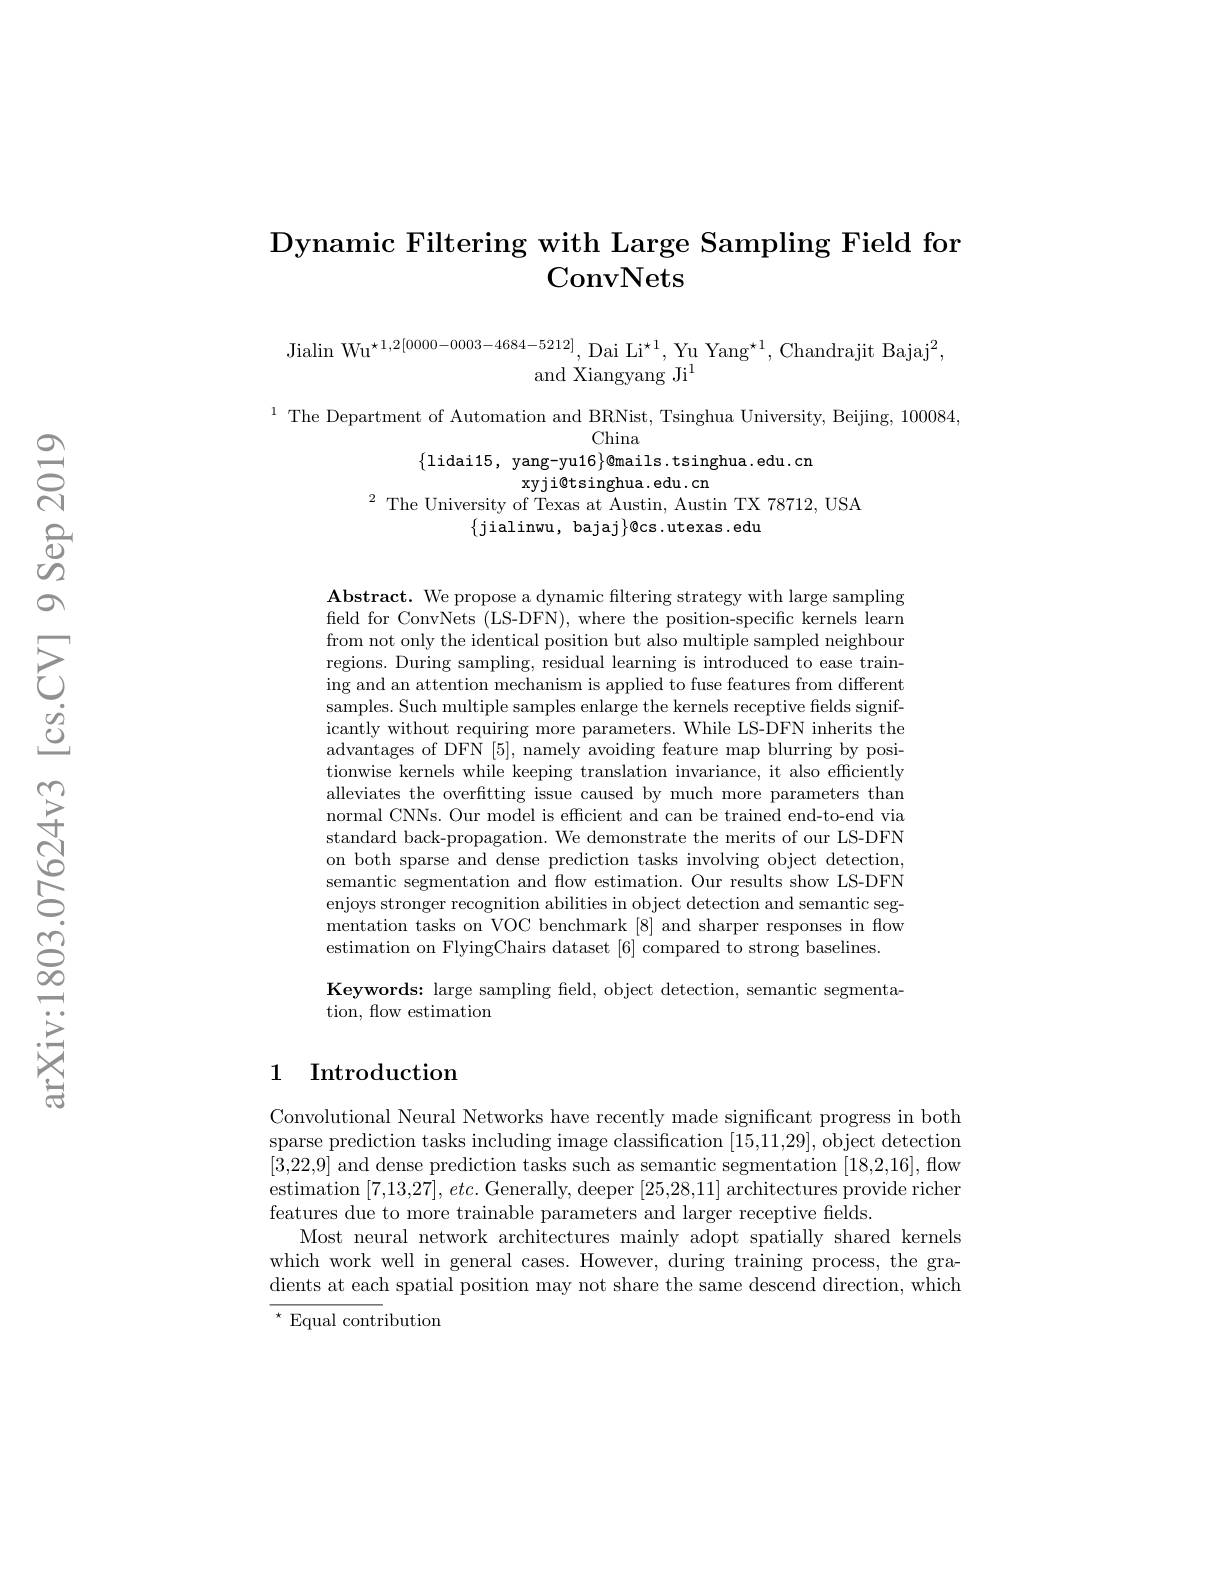
# Dynamic Filtering with Large Sampling Field for ConvNets

Jialin Wu$^{\star1,2[0000-0003-4684-5212]}$, Dai Li$^{\star1}$, Yu Yang$^{\star1}$, Chandrajit Bajaj$^2$,
and Xiangyang Ji$^1$

$\begin{aligned}1\text{ The Department of Automation and BRNist, Tsinghua University, Beijing, 100084,}\\&\mathrm{China}\\\{1\text{idai15, yang-yu}16\}\text{@mails.tsinghua.edu.cn}\end{aligned}$
xyji@tsinghua.edu.cn
$^{2}$ The University of Texas at Austin, Austin TX 78712, USA
$\{$jialinwu, bajaj$\}\emptyset$cs.utexas.edu

$\mathbf{Abstract.~We~propose~a~dynamic~filtering~strategy~with~large~sampling}$ field for ConvNets (LS-DFN), where the position-specific kernels learn from not only the identical position but also multiple sampled neighbour regions. During sampling, residual learning is introduced to ease training and an attention mechanism is applied to fuse features from different samples. Such multiple samples enlarge the kernels receptive felds significantly without requiring more parameters. While LS-DFN inherits the advantages of DFN [5], namely avoiding feature map blurring by positionwise kernels while keeping translation invariance, it also efficiently alleviates the overfitting issue caused by much more parameters than normal CNNs. Our model is efficient and can be trained end-to-end via standard back-propagation. We demonstrate the merits of our LS-DFN on both sparse and dense prediction tasks involving object detection, semantic segmentation and flow estimation. Our results show LS-DFN enjoys stronger recognition abilities in object detection and semantic segmentation tasks on VOC benchmark [8] and sharper responses in flow estimation on FlyingChairs dataset [6] compared to strong baselines.
Keywords: large sampling feld, object detection, semantic segmenta-
tion, flow estimation

## 1 Introduction

Convolutional Neural Networks have recently made significant progress in both sparse prediction tasks including image classification [15,11,29],object detection [3,22,9] and dense prediction tasks such as semantic segmentation [18,2,16],flow estimation $[7,13,27],etc.$ Generally, deeper [25,28,11] architectures provide richer features due to more trainable parameters and larger receptive fields.
Most neural network architectures mainly adopt spatially shared kernels which work well in general cases. However, during training process, the gradients at each spatial position may not share the same descend direction, which $^{\star}$Equal contribution